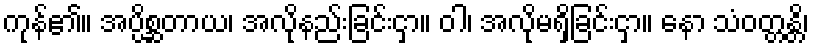
ကုန်၏။ အပ္ပိစ္ဆတာယ၊ အလိုနည်းခြင်းငှာ။ ဝါ၊ အလိုမရှိခြင်းငှာ။ နော သံဝတ္တန္တိ၊